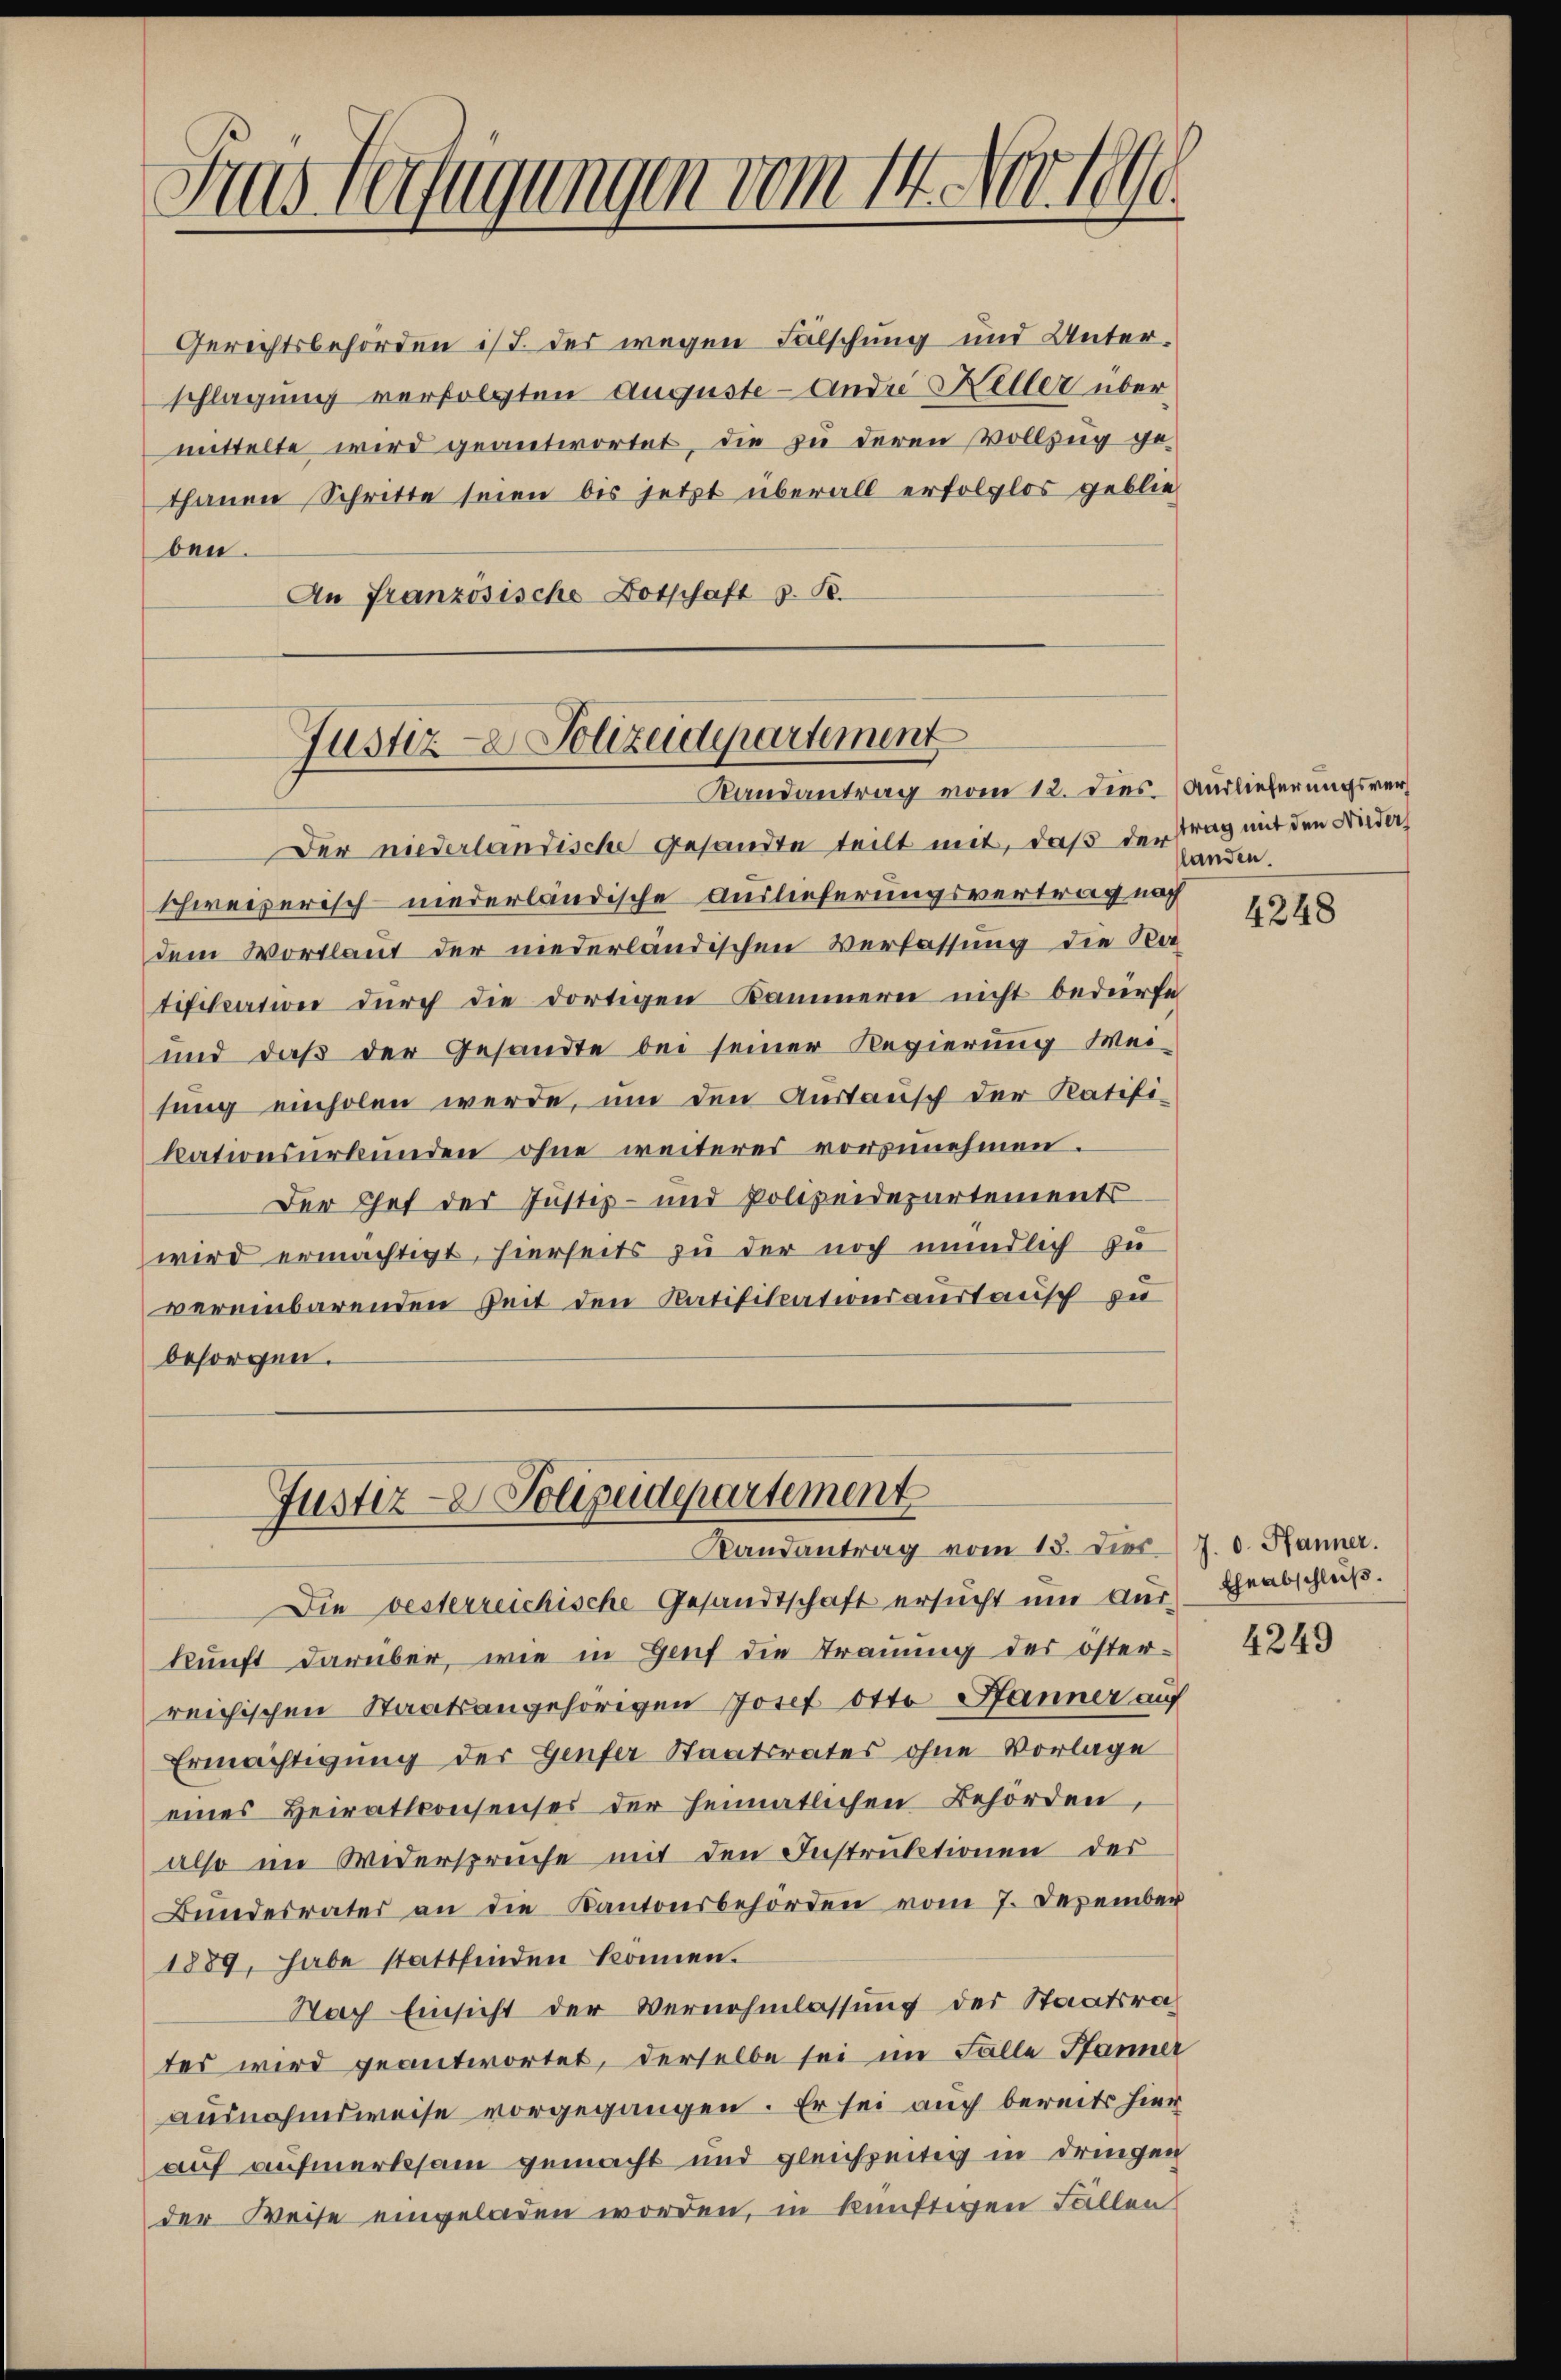
ben.

Aus Gefügungen vom 14. Nov 1890.

Gerichtsbehörden ist. Des wegen Fälschung und Unterschlagung verfolgten Auguste - Andre Heller übermittelte wird geantwortet, die zu deren Vollzug gethanen Schritte seien bis jetzt überall erfolglos geblie
An Französische Botschaft z. B.

Justiz-Polizeidepartement
Randantrag vom 12. dies. (Auslieferungsver¬

Der niederlantische gesandte teilt mit, daß der trag mit den Nieder
schweizerisch niederländische Auslieferungsvertrag nach
dem Wortlaut der niederländischen Verfassung die Na
tifikation durch die dortigen Kammern nicht bedürfe
und daß der Gesandte bei seiner Regierung Weisung einholen werde, um den Austausch der Ratifikationsurkunden ohne weiteres vorzunehmen.
Der Chef der Justiz- und Polizeidepartements
wird ermächtigt, hierseits zu der noch mündlich zu
vereinbarenden Zeit den Ratifikationsaustausch zu
besorgen.

Justiz- & Polizeidepartement
Randantrag vom 15. Dies 7. d. Hänner.

Die vesterreichische Gesandtschaft ersucht und Aus-
kunft darüber, wie in Genf die Trauung des öster-
reichischen Staatsangehörigen Josef Otto Jänner auf
Ermächtigung der Genfer Staatsrates ohne Vorlage
eines Heirattconsenses der heimatlichen Behörden,
also im Widersprüche mit den Instruktionen des
Bundesrates an die Kantonsbehörden vom 7. Dezember
Nach Einsicht der Vernehmlassung der Staatsrates wird geantwortet, derselbe sei im Falle Pfanner
ausnahmsweise vorgegangen. Er sei auch bereits hier
auf aufmerksam gemacht und gleichzeitig in dringen
der Weise eingeladen worden, in künftigen Fällen

landen.

1889, habe stattfinden können.

4248

Eheabschluß.

4249